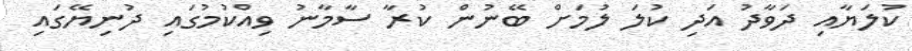
ކުލަޔާއި ދަވާދު އަދި ކުލަ ލުމަށް ބޭނުން ކުރާ ސާމާނު ވިއްކުމުގައި ދުނިޔޭގައި